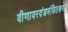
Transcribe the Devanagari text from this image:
वीणावरदंडमंडितकरा